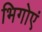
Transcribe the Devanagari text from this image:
भिगोएं